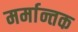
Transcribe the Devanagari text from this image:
मर्मान्तक